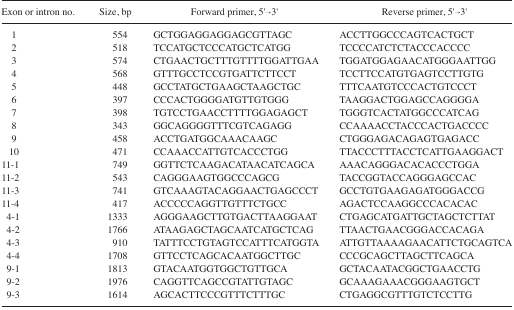
| Exon or intron no. | Size, bp | Forward primer, 5′→3′ | Reverse primer, 5′→3′ |
 | --- | --- | --- | --- |
 | 1 | 554 | GCTGGAGGAGGAGCGTTAGC | ACCTTGGCCCAGTCACTGCT |
 | 2 | 518 | TCCATGCTCCCATGCTCATGG | TCCCCATCTCTACCCACCCC |
 | 3 | 574 | CTGAACTGCTTTGTTTTGGATTGAA | TGGATGGAGAACATGGGAATTGG |
 | 4 | 568 | GTTTGCCTCCGTGATTCTTCCT | TCCTTCCATGTGAGTCCTTGTG |
 | 5 | 448 | GCCTATGCTGAAGCTAAGCTGC | TTTCAATGTCCCACTGTCCCT |
 | 6 | 397 | CCCACTGGGGATGTTGTGGG | TAAGGACTGGAGCCAGGGGA |
 | 7 | 398 | TGTCCTGAACCTTTTGGAGAGCT | TGGGTCACTATGGCCCATCAG |
 | 8 | 343 | GGCAGGGGTTTCGTCAGAGG | CCAAAACCTACCCACTGACCCC |
 | 9 | 458 | ACCTGATGGCAAACAAGC | CTGGGAGACAGAGTGAGACC |
 | 10 | 471 | CCAAACCATTGTCACCCTGG | TTACCCTTTACCTCATTGAAGGACT |
 | 11-1 | 749 | GGTTCTCAAGACATAACATCAGCA | AAACAGGGACACACCCTGGA |
 | 11-2 | 543 | CAGGGAAGTGGCCCAGCG | TACCGGTACCAGGGAGCCAC |
 | 11-3 | 741 | GTCAAAGTACAGGAACTGAGCCCT | GCCTGTGAAGAGATGGGACCG |
 | 11-4 | 417 | ACCCCCAGGTTGTTTCTGCC | AGACTCCAAGGCCCACACAC |
 | 4-1 | 1333 | AGGGAAGCTTGTGACTTAAGGAAT | CTGAGCATGATTGCTAGCTCTTAT |
 | 4-2 | 1766 | ATAAGAGCTAGCAATCATGCTCAG | TTAACTGAACGGGACCACAGA |
 | 4-3 | 910 | TATTTCCTGTAGTCCATTTCATGGTA | ATTGTTAAAAGAACATTCTGCAGTCA |
 | 4-4 | 1708 | GTTCCTCAGCACAATGGCTTGC | CCCGCAGCTTAGCTTCAGCA |
 | 9-1 | 1813 | GTACAATGGTGGCTGTTGCA | GCTACAATACGGCTGAACCTG |
 | 9-2 | 1976 | CAGGTTCAGCCGTATTGTAGC | GCAAAGAAACGGGAAGTGCT |
 | 9-3 | 1614 | AGCACTTCCCGTTTCTTTGC | CTGAGGCGTTTGTCTCCTTG |